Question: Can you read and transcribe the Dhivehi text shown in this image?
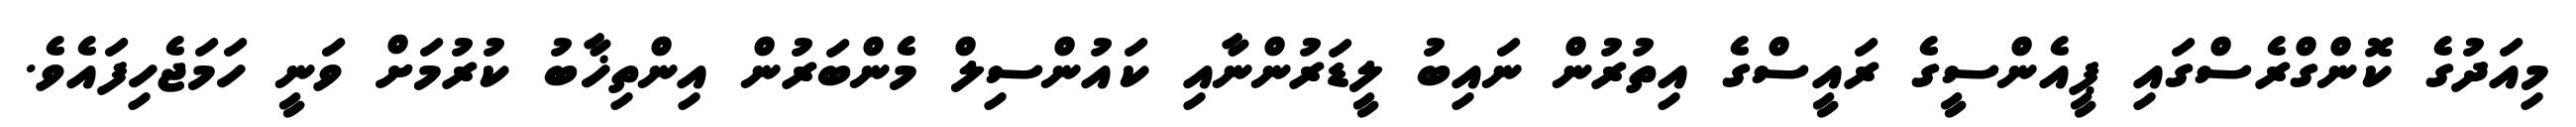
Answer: މިއަދުގެ ކޮންގްރެސްގައި ޕީއެންސީގެ ރައީސްގެ އިތުރުން ނައިބު ލީޑަރުންނާއި ކައުންސިލް މެންބަރުން އިންތިޚާބު ކުރުމަށް ވަނީ ހަމަޖެހިފައެވެ.